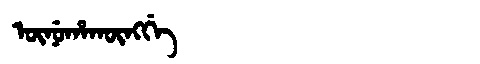
Manchu: ᡡᠨᡠᡥᠠᡴᡡᠩᡤᡝ
Romanization: ŪNUHAKŪNGGE